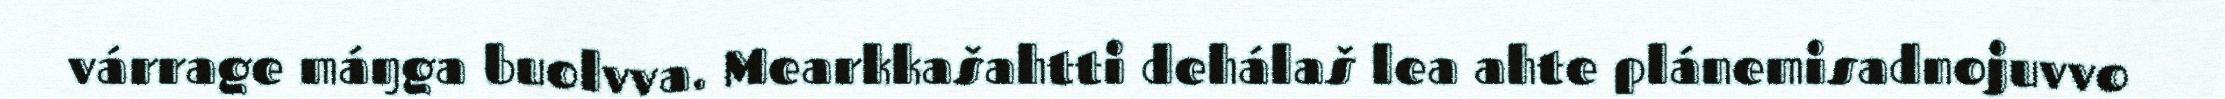
várrage máŋga buolvva. Mearkkašahtti dehálaš lea ahte plánemisadnojuvvo